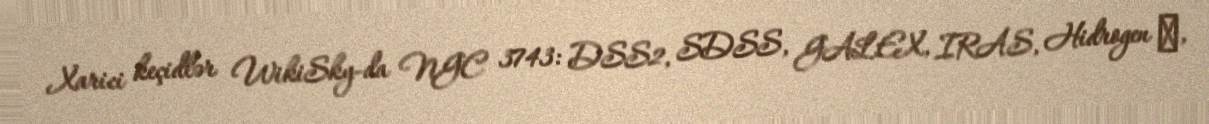
Xarici keçidlər WikiSky-da NGC 3743: DSS2, SDSS, GALEX, IRAS, Hidrogen α,